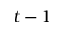
t - 1